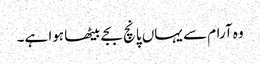
وہ آرام سے یہاں پانچ بجے بیٹھا ہوا ہے۔